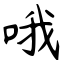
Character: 哦